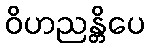
ဝိဟညန္တိပေ